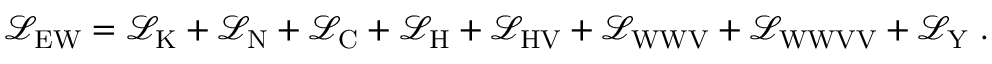
{ \mathcal { L } } _ { \mathrm { E W } } = { \mathcal { L } } _ { \mathrm { K } } + { \mathcal { L } } _ { \mathrm { N } } + { \mathcal { L } } _ { \mathrm { C } } + { \mathcal { L } } _ { \mathrm { H } } + { \mathcal { L } } _ { \mathrm { H V } } + { \mathcal { L } } _ { \mathrm { W W V } } + { \mathcal { L } } _ { \mathrm { W W V V } } + { \mathcal { L } } _ { \mathrm { Y } } ~ .